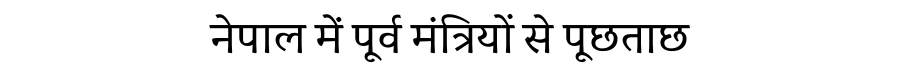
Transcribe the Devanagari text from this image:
नेपाल में पूर्व मंत्रियों से पूछताछ